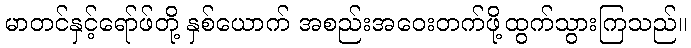
မာတင်နှင့်ရော်ဖ်တို့ နှစ်ယောက် အစည်းအဝေးတက်ဖို့ထွက်သွားကြသည်။